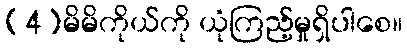
(4)မိမိကိုယ်ကို ယုံကြည့်မှုရှိပါစေ။